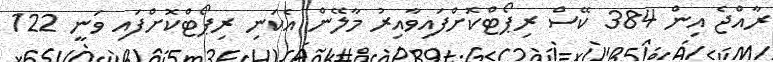
ރާއްޖެ އިން 384 ކޭސް ރިޕޯޓްކޮށްފައިވާއިރު މާލޭން އެކަނި ރިޕޯޓްކޮށްފައި ވަނީ 122